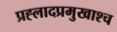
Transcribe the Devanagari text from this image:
प्रह्लादप्रमुखाश्च